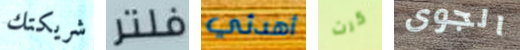
شريكتك فلتر أهدئي كرت الجوى